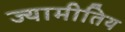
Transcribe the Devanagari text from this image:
ज्यामीतिय